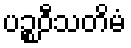
ပဉ္စဝီသတိမံ